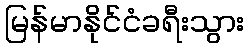
မြန်မာနိုင်ငံခရီးသွား